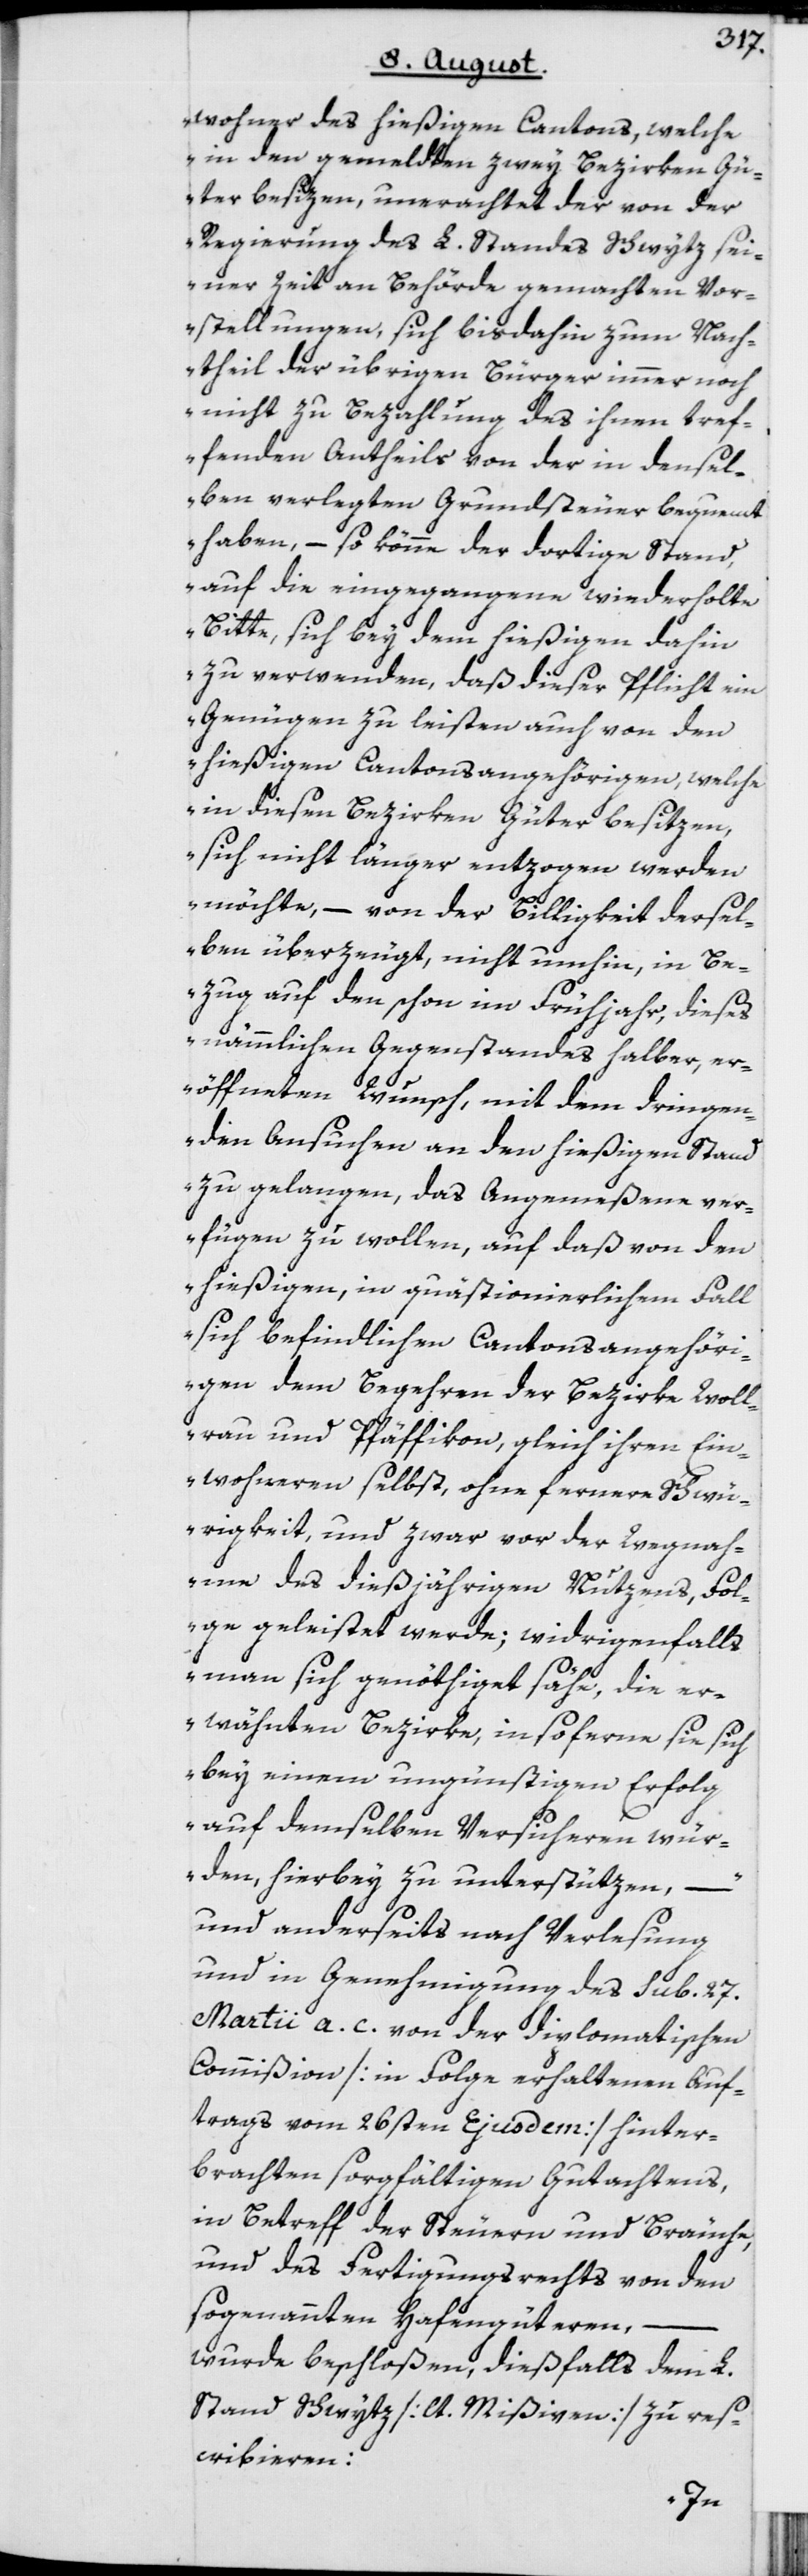
wohner des hießigen Cantons, welche
in den gemeldten zwey Bezirken Gü¬
ter besizen, unerachtet der von der
Regierung des L. Standes Schwytz sei¬
ner Zeit an Behörde gemachten Vor¬
stellungen, sich bisdahin zum Nach¬
theil der übrigen Bürger immer noch
nicht zu Bezahlung des ihnen tref¬
fenden Antheils von der in densel¬
ben verlegten Grundsteuer bequemt
haben, – so könne der dortige Stand,
auf die eingegangene wiederholte
Bitte, sich bey dem hießigen dahin
zu verwenden, daß dieser Pflicht ein
Genügen zu leisten auch von den
hießigen Cantonsangehörigen, welche
in diesen Bezirken Güter besitzen,
sich nicht länger entzogen werden
möchte, – von der Billigkeit dersel¬
ben überzeugt, nicht umhin, in Be¬
zug auf den schon im Frühjahr, dieses
nämmlichen Gegenstandes halber, er¬
öffneten Wunsch, mit dem dringen¬
den Ansuchen an den hießigen Stand
zu gelangen, das Angemeßene ver¬
fügen zu wollen, auf daß von den
hießigen, in quästionierlichem Fall
sich befindlichen Cantonsangehöri¬
gen dem Begehren der Bezirke Woll¬
rau und Pfäffikon, gleich ihren Ein¬
wohneren selbst, ohne fernere Schwü¬
rigkeit, und zwar vor der Wegnah¬
me des dießjährigen Nutzens, Fol¬
ge geleistet werde; widrigenfalls
man sich genöthiget sähe, die er¬
wähnten Bezirke, insoferne sie sich
bey einem ungünstigen Erfolg
auf demselben Versicheren wür¬
den, hierbey zu unterstützen, –“
und anderseits nach Verlesung
und in Genehmigung des sub 27.
Martii a. c. von der diplomatischen
Commißion [in Folge erhaltenen Auf¬
trags vom 26sten Ejusdem] hinter¬
brachten sorgfältigen Gutachtens,
in Betreff der Steuern und Bräuche,
und des Fertigungsrechts von den
sogenannten Hafengüteren,
wurde beschloßen, dießfalls dem L.
Stand Schwytz [lt. Mißiven] zu res¬
cribieren: